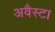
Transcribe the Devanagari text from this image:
अवैस्टा